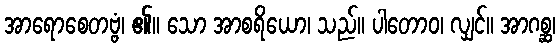
အာရောစေတဗ္ဗံ၊ ၏။ သော အာစရိယော၊ သည်။ ပါတောဝ၊ လျှင်။ အာဂစ္ဆ၊